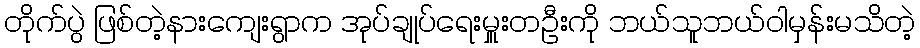
တိုက်ပွဲ ဖြစ်တဲ့နားကျေးရွာက အုပ်ချုပ်ရေးမှူးတဦးကို ဘယ်သူဘယ်ဝါမှန်းမသိတဲ့